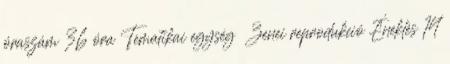
óraszám 36 óra Tematikai egység Zenei reprodukció Éneklés 14